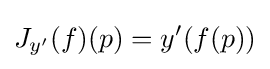
J_{y^{\prime }}(f)(p)=y^{\prime }(f(p))